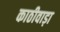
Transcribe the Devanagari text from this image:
काठीवाड़ा